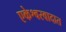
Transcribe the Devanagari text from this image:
एकेश्वरवादात